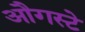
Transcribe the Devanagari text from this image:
औगस्टे